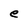
Character: e